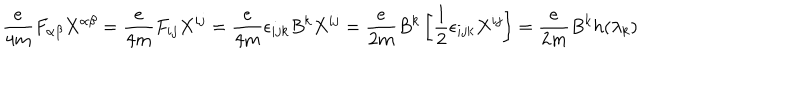
\frac { e } { 4 m } F _ { \alpha \beta } X ^ { \alpha \beta } = \frac { e } { 4 m } F _ { i j } X ^ { i j } = \frac { e } { 4 m } \epsilon _ { i j k } B ^ { k } X ^ { i j } = \frac { e } { 2 m } B ^ { k } \left[ \frac { 1 } { 2 } \epsilon _ { i j k } X ^ { i j } \right] = \frac { e } { 2 m } B ^ { k } h ( \lambda _ { k } )